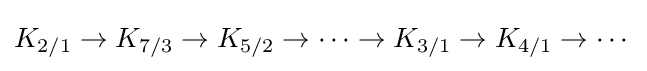
K_{2/1}\to K_{7/3}\to K_{5/2}\to \cdots \to K_{3/1}\to K_{4/1}\to \cdots